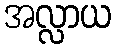
အလ္လာယ